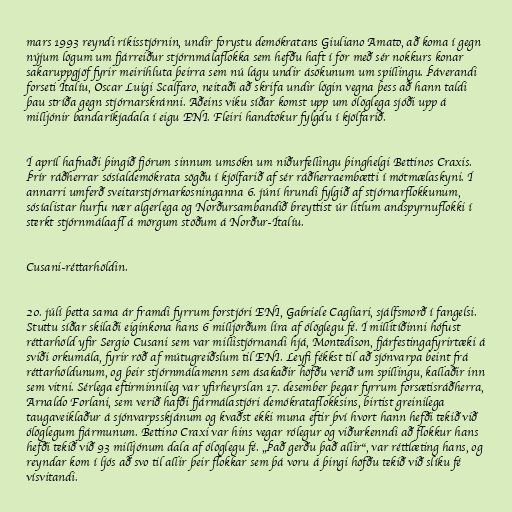
mars 1993 reyndi ríkisstjórnin, undir forystu demókratans Giuliano Amato, að koma í gegn
nýjum lögum um fjárreiður stjórnmálaflokka sem hefðu haft í för með sér nokkurs konar
sakaruppgjöf fyrir meirihluta þeirra sem nú lágu undir ásökunum um spillingu. Þáverandi
forseti Ítalíu, Oscar Luigi Scalfaro, neitaði að skrifa undir lögin vegna þess að hann taldi
þau stríða gegn stjórnarskránni. Aðeins viku síðar komst upp um ólöglega sjóði upp á
milljónir bandaríkjadala í eigu ENI. Fleiri handtökur fylgdu í kjölfarið.

Í apríl hafnaði þingið fjórum sinnum umsókn um niðurfellingu þinghelgi Bettinos Craxis.
Þrír ráðherrar sósíaldemókrata sögðu í kjölfarið af sér ráðherraembætti í mótmælaskyni. Í
annarri umferð sveitarstjórnarkosninganna 6. júní hrundi fylgið af stjórnarflokkunum,
sósíalistar hurfu nær algerlega og Norðursambandið breyttist úr litlum andspyrnuflokki í
sterkt stjórnmálaafl á mörgum stöðum á Norður-Ítalíu.

Cusani-réttarhöldin.

20. júlí þetta sama ár framdi fyrrum forstjóri ENI, Gabriele Cagliari, sjálfsmorð í fangelsi.
Stuttu síðar skilaði eiginkona hans 6 milljörðum líra af ólöglegu fé. Í millitíðinni hófust
réttarhöld yfir Sergio Cusani sem var millistjórnandi hjá, Montedison, fjárfestingafyrirtæki á
sviði orkumála, fyrir röð af mútugreiðslum til ENI. Leyfi fékkst til að sjónvarpa beint frá
réttarhöldunum, og þeir stjórnmálamenn sem ásakaðir höfðu verið um spillingu, kallaðir inn
sem vitni. Sérlega eftirminnileg var yfirheyrslan 17. desember þegar fyrrum forsætisráðherra,
Arnaldo Forlani, sem verið hafði fjármálastjóri demókrataflokksins, birtist greinilega
taugaveiklaður á sjónvarpsskjánum og kvaðst ekki muna eftir því hvort hann hefði tekið við
ólöglegum fjármunum. Bettino Craxi var hins vegar rólegur og viðurkenndi að flokkur hans
hefði tekið við 93 milljónum dala af ólöglegu fé. „Það gerðu það allir“, var réttlæting hans, og
reyndar kom í ljós að svo til allir þeir flokkar sem þá voru á þingi höfðu tekið við slíku fé
vísvitandi.